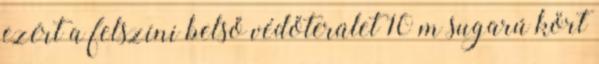
ezért a felszíni belső védőterület 10 m sugarú kört